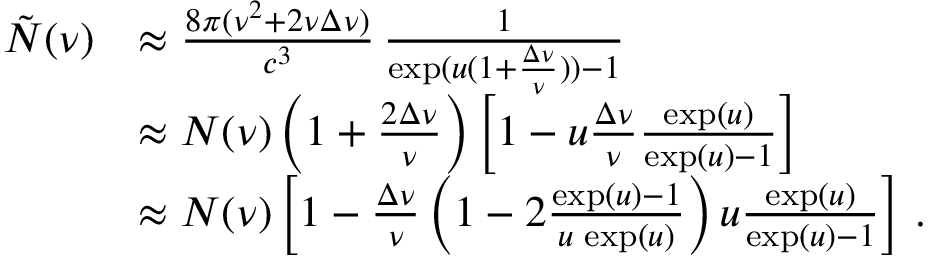
\begin{array} { r l } { \tilde { N } ( \nu ) } & { \approx \frac { 8 \pi ( \nu ^ { 2 } + 2 \nu \Delta \nu ) } { c ^ { 3 } } \, \frac { 1 } { \exp ( u ( 1 + \frac { \Delta \nu } { \nu } ) ) - 1 } } \\ & { \approx N ( \nu ) \left( 1 + \frac { 2 \Delta \nu } { \nu } \right) \left[ 1 - u \frac { \Delta \nu } { \nu } \frac { \exp ( u ) } { \exp ( u ) - 1 } \right] } \\ & { \approx N ( \nu ) \left[ 1 - \frac { \Delta \nu } { \nu } \left( 1 - 2 \frac { \exp ( u ) - 1 } { u \, \exp ( u ) } \right) u \frac { \exp ( u ) } { \exp ( u ) - 1 } \right] \, . } \end{array}